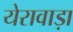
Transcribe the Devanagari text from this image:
येरावाड़ा